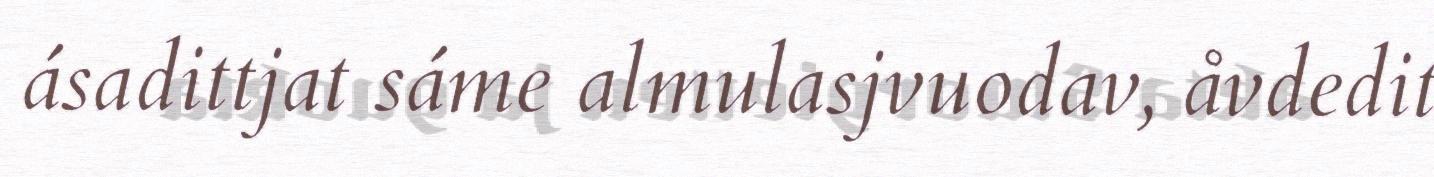
ásadittjat sáme almulasjvuodav, åvdedit